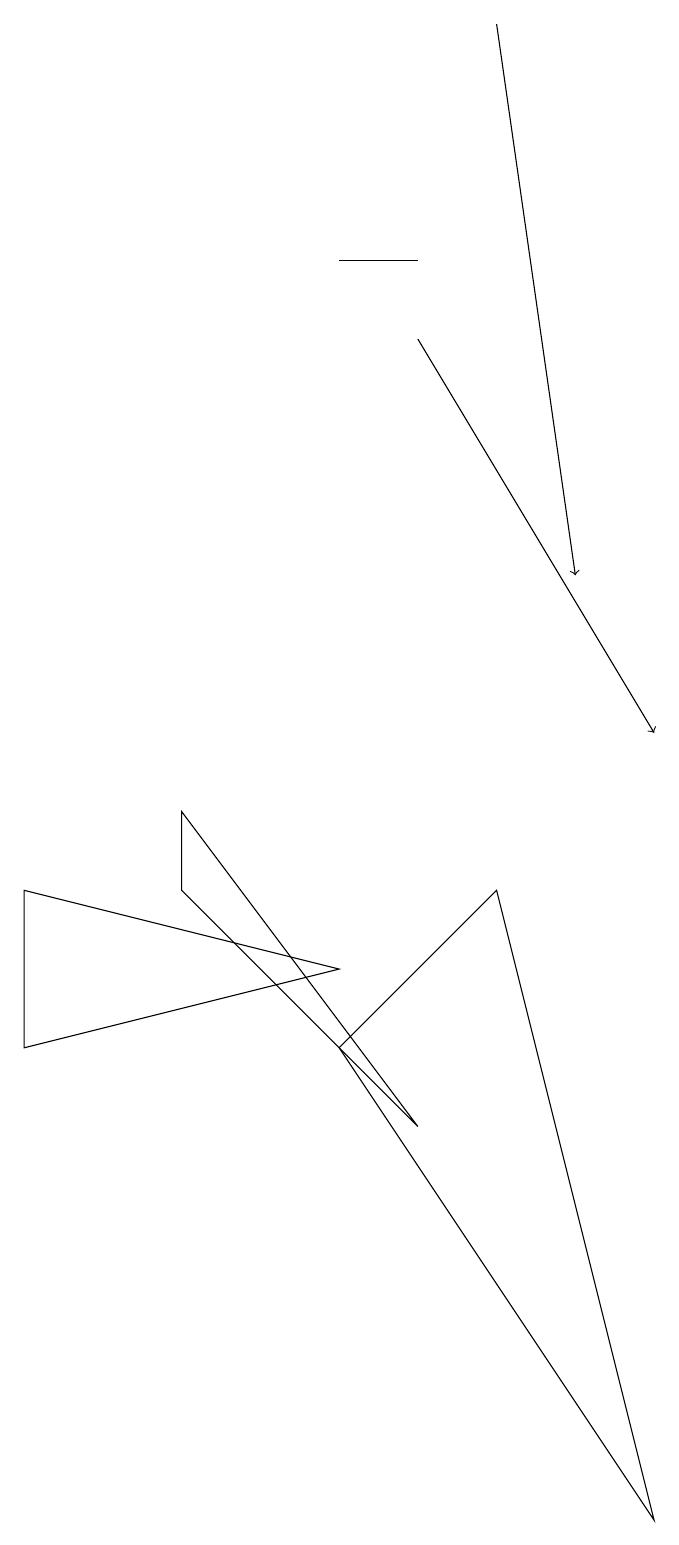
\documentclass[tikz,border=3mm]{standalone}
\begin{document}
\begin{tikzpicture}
\draw[->] (5,15) -- (8,10);
\draw (0,6) -- (0,8) -- (4,7) -- cycle;
\draw[->] (6,19) -- (7,12);
\draw (8,0) -- (6,8) -- (4,6) -- cycle;
\draw (2,9) -- (5,5) -- (2,8) -- cycle;
\draw (4,16) rectangle (5,16);
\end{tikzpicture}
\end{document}